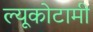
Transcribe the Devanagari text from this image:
ल्यूकोटामी